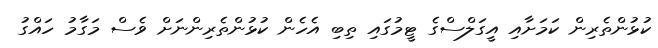
ކުޅުންތެރިން ކަމަށާއި އީގަލްސްގެ ޓީމުގައި ތިބި އެހެން ކުޅުންތެރިންނަށް ވެސް މަގާމު ހައްގު